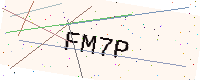
Text: FM7P